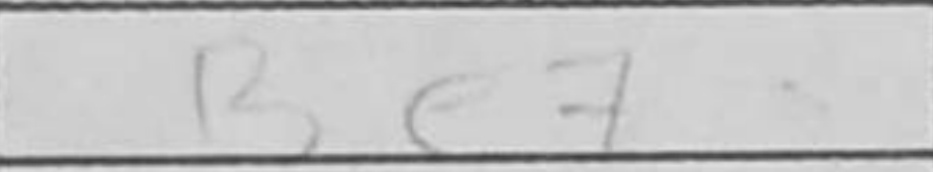
Transcription: Be7